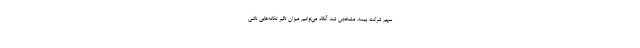
سهم شرکت بیمه، مشخص شد، آنگاه می‌توانیم میزان تاثیر تکانه‌هایی ناشی